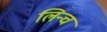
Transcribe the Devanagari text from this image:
लिन्च